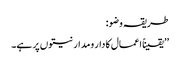
طریقہ وضو:
’’یقیناً اعمال کا دار ومدار نیتوں پر ہے۔